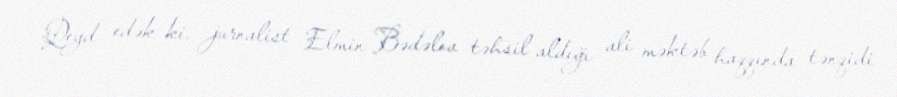
Qeyd edək ki, jurnalist Elmin Bədəlov təhsil aldığı ali məktəb haqqında tənqidi